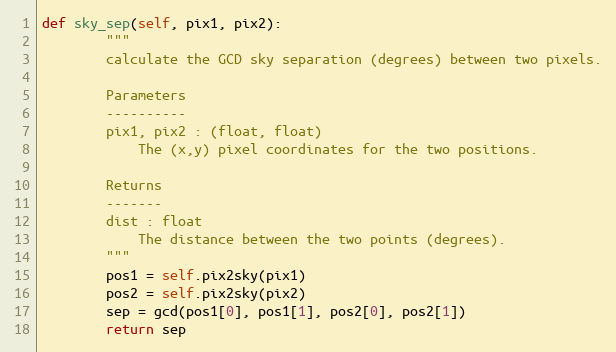
Language: Python
def sky_sep(self, pix1, pix2):
        """
        calculate the GCD sky separation (degrees) between two pixels.

        Parameters
        ----------
        pix1, pix2 : (float, float)
            The (x,y) pixel coordinates for the two positions.

        Returns
        -------
        dist : float
            The distance between the two points (degrees).
        """
        pos1 = self.pix2sky(pix1)
        pos2 = self.pix2sky(pix2)
        sep = gcd(pos1[0], pos1[1], pos2[0], pos2[1])
        return sep